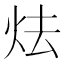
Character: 𪸘